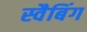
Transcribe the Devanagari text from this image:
स्वैबिंग